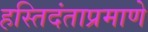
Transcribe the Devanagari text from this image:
हस्तिदंताप्रमाणे